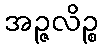
အဉ္ဇလိဉ္စ